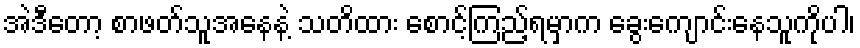
အဲဒီတော့ စာဖတ်သူအနေနဲ့ သတိထား စောင့်ကြည့်ရမှာက ခွေးကျောင်းနေသူကိုပါ၊